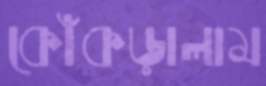
কোঁকড়ালাম